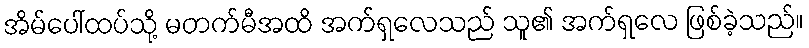
အိမ်ပေါ်ထပ်သို့ မတက်မီအထိ အက်ရှလေသည် သူ၏ အက်ရှလေ ဖြစ်ခဲ့သည်။